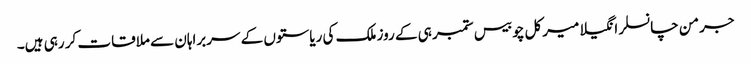
جرمن چانسلر انگیلا میرکل چوبیس ستمبر ہی کے روز ملک کی ریاستوں کے سربراہان سے ملاقات کر رہی ہیں۔